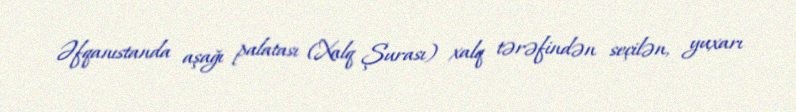
Əfqanıstanda aşağı palatası (Xalq Şurası) xalq tərəfindən seçilən, yuxarı